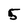
Character: 5